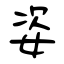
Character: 姿